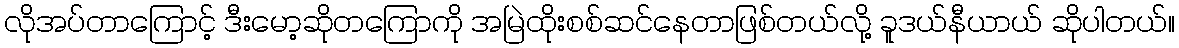
လိုအပ်တာကြောင့် ဒီးမော့ဆိုတကြောကို အမြဲထိုးစစ်ဆင်နေတာဖြစ်တယ်လို့ ခူဒယ်နီယာယ် ဆိုပါတယ်။